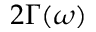
2 \Gamma ( \omega )